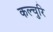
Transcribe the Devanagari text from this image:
कल्चुरि